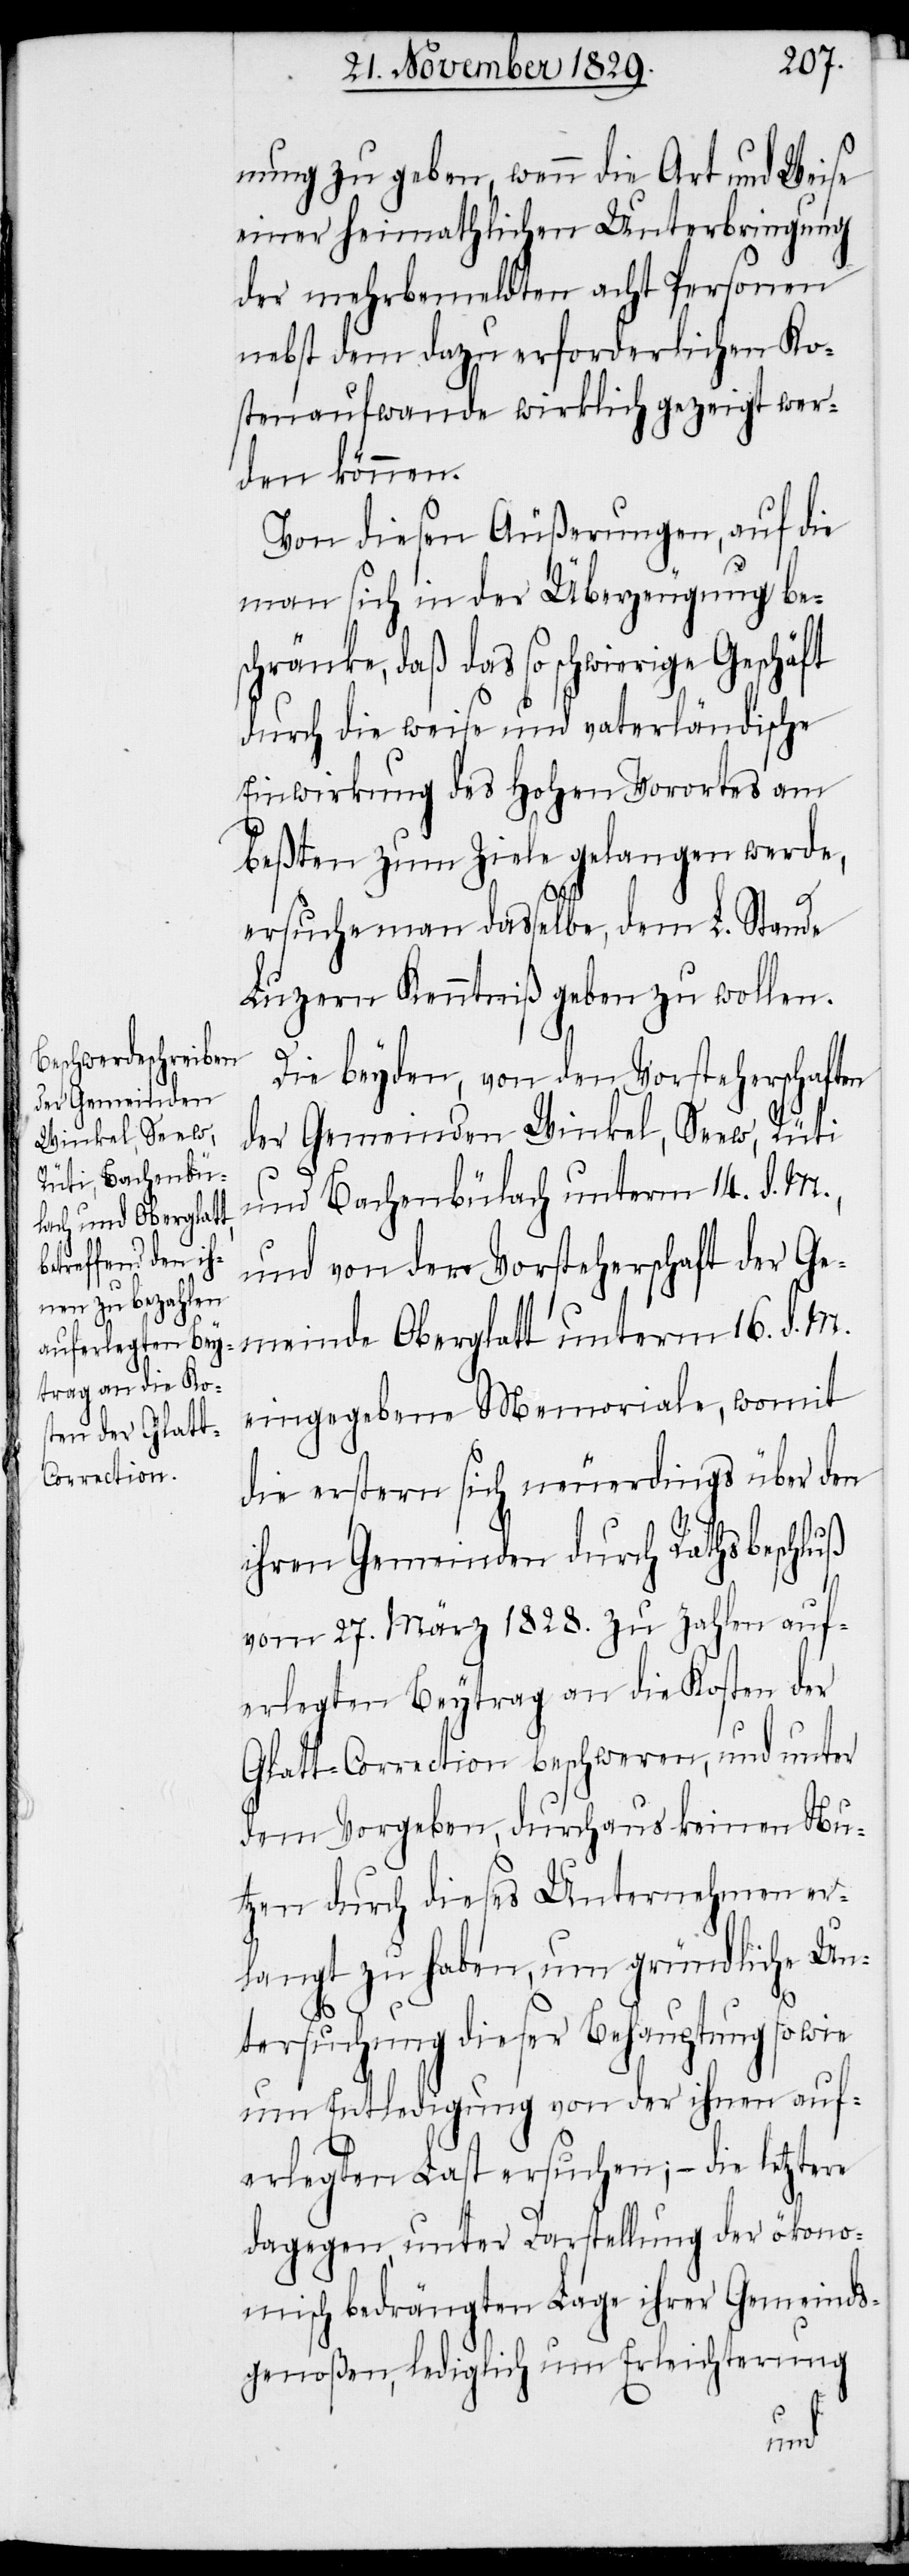
nung zu geben, wenn die Art und Weise
einer heimathlichen Unterbringung
der mehrbemeldten acht Personen
nebst dem dazu erforderlichen Ko¬
stenaufwande wirklich gezeigt wer¬
den können.
Von diesen Äußerungen, auf die
man sich in der Überzeugung be¬
schränke, daß das so schwierige Geschäft
durch die weise und vaterländische
Einwirkung des Hohen Vorortes am
beßten zum Ziele gelangen werde,
ersuche man dasselbe, dem L. Stande
Luzern Kenntniß geben zu wollen.
Die beyden, von den Vorsteherschaften
der Gemeinden Winkel, Seew, Rüti
und Bachenbülach unterm 14. d. M.,
und von der Vorsteherschaft der Ge¬
meinde Oberglatt unterm 16. d. M.
eingegebene Memoriale, womit
die erstern sich neuerdings über den
ihren Gemeinden durch Rathsbeschluß
vom 27. März 1828. zu zahlen auf¬
erlegten Beytrag an die Kosten der
Glatt-Correction beschweren, und unter
dem Vorgeben, durchaus keinen Nu¬
tzen durch dieses Unternehmen er¬
langt zu haben, um gründliche Un¬
tersuchung dieser Behauptung so wie
um Entledigung von der ihnen auf¬
erlegten Last ersuchen; – die letztere
dagegen, unter Darstellung der ökono¬
misch bedrängten Lage ihrer Gemeinds¬
genoßen, lediglich um Erleichterung